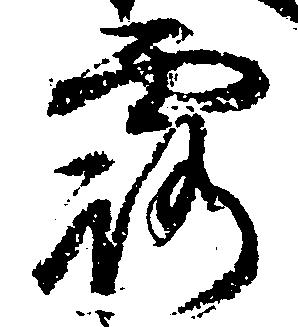
露